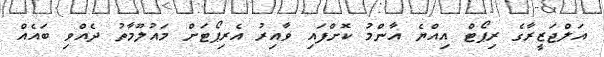
އަލްޖަަޒީރާގެ ރިޕޯޓް އިއްޔެ އާންމު ކޮށްފައި ވާއިރު އެރިޕޯޓަށް މައުލޫމާތު ދެއްވި ބައެއް